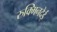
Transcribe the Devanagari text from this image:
रुक्मिनदेई